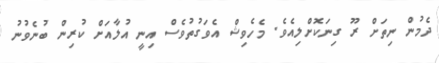
ދެމުން ނިތަށް ރޫ ގިނަކޮށްލިއެވެ. މެހެވިޝް އެވަގުތުވެސް އިނީ އުލާއަށް ކުރިން ބުނެވުނު